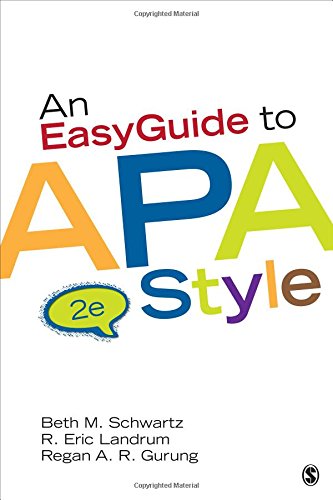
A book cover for An EasyGuide to APA Style (EasyGuide Series); Beth M. (Meryl) Schwartz; Medical Books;